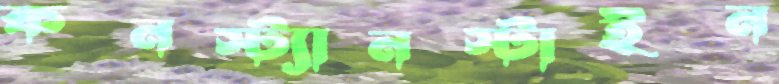
কনস্ট্যানস্টাইন